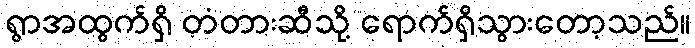
ရွာအထွက်ရှိ တံတားဆီသို့ ရောက်ရှိသွားတော့သည်။